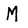
Character: M